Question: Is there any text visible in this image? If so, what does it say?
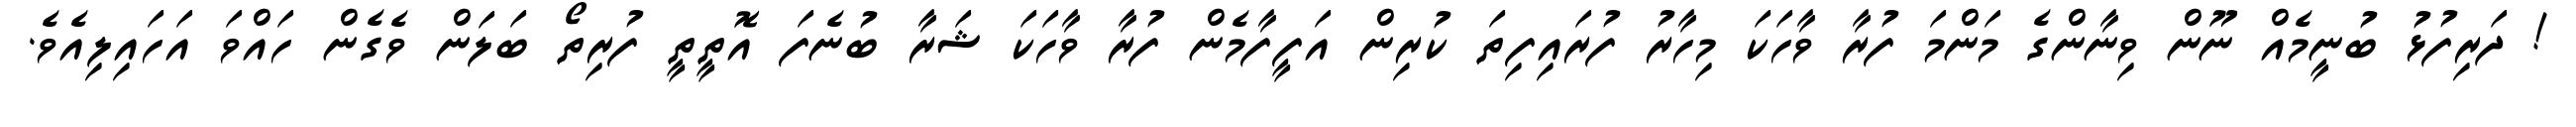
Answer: ! ދަރިފުޅު ބުނީމެއް ނޫން ވިނާންގެ މަންމަ ފުރާ ވާހަކަ މިހާރު ފުރައިފިތަ ކުރިން އަފީފާމެން ފުރާ ވާހަކަ ޝަރާ ބުނެފަ އޮތީތީ ފުރިތޯ ބަލަން ވެގެން ހައްވަ އަހައިލިއެވެ.